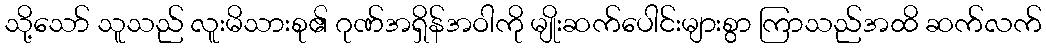
သို့သော် သူသည် လူးမိသားစု၏ ဂုဏ်အရှိန်အဝါကို မျိုးဆက်ပေါင်းများစွာ ကြာသည်အထိ ဆက်လက်